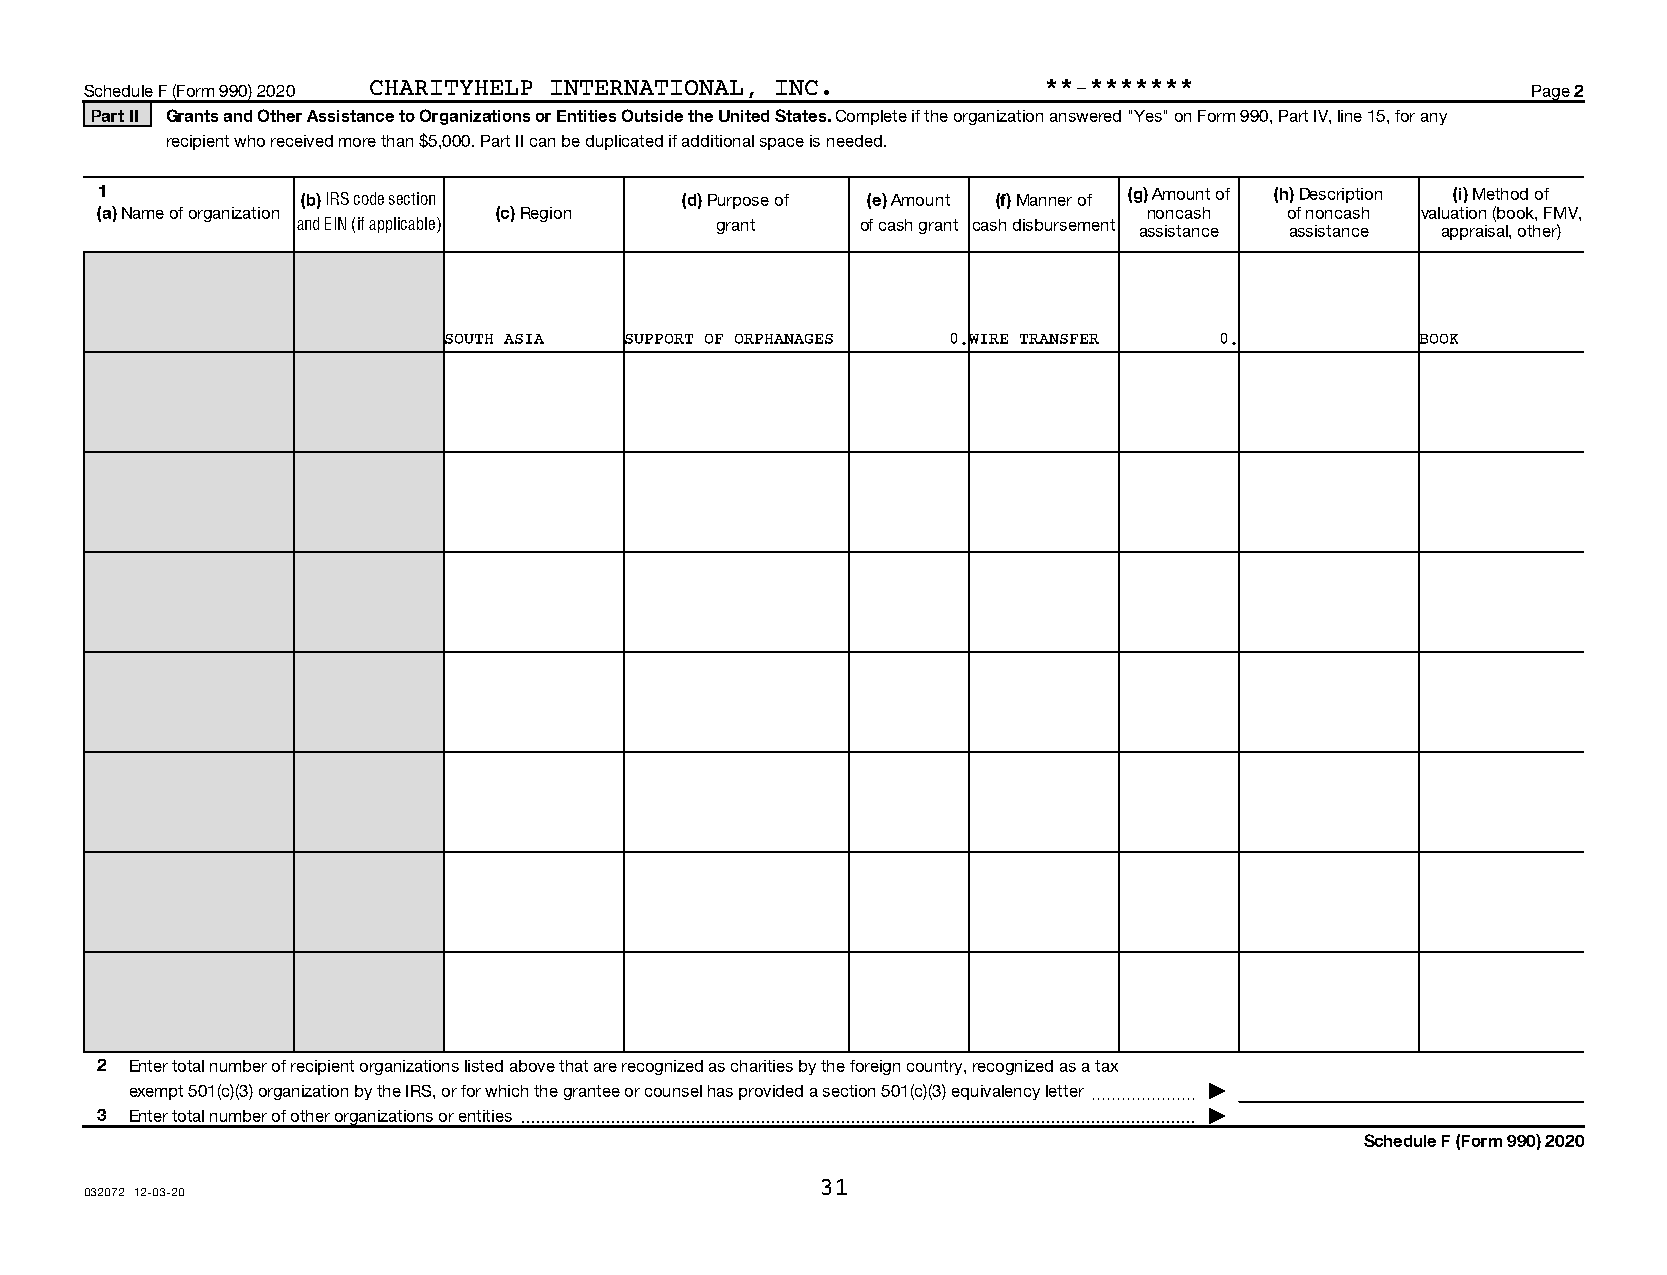
Schedule F (Form 990) 2020 CHARITYHELP INTERNATIONAL, INC.     **-*******                      Page 2
 Part II Grants and Other Assistance to Organizations or Entities Outside the United States. Complete if the organization answered "Yes" on Form 990, Part IV, line 15, for any
 recipient who received more than $5,000. Part II can be duplicated if additional space is needed.
 1             (b) IRS code section     (d) Purpose of (e) Amount (f) Manner of (g) Amount of (h) Description (i) Method of
 (a) Name of organization   (c) Region                                 noncash  of noncash valuation (book, FMV,
 and EIN (if applicable)    grant     of cash grant cash disbursement assistance assistance appraisal, other)
 SOUTH ASIA  SUPPORT OF ORPHANAGES 0.WIRE TRANSFER   0.           BOOK
 2  Enter total number of recipient organizations listed above that are recognized as charities by the foreign country, recognized as a tax
 exempt 501(c)(3) organization by the IRS, or for which the grantee or counsel has provided a section 501(c)(3) equivalency letter~~~~~~~ |
 3  Enter total number of other organizations or entities |
 Schedule F (Form 990) 2020
 31
 032072 12-03-20
 15101111 138583 09150        2020.05000 CHARITYHELP INTERNATIONAL,  09150__1